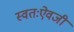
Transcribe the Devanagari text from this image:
स्वतःऐवजी